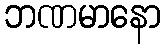
ဘဏမာနော